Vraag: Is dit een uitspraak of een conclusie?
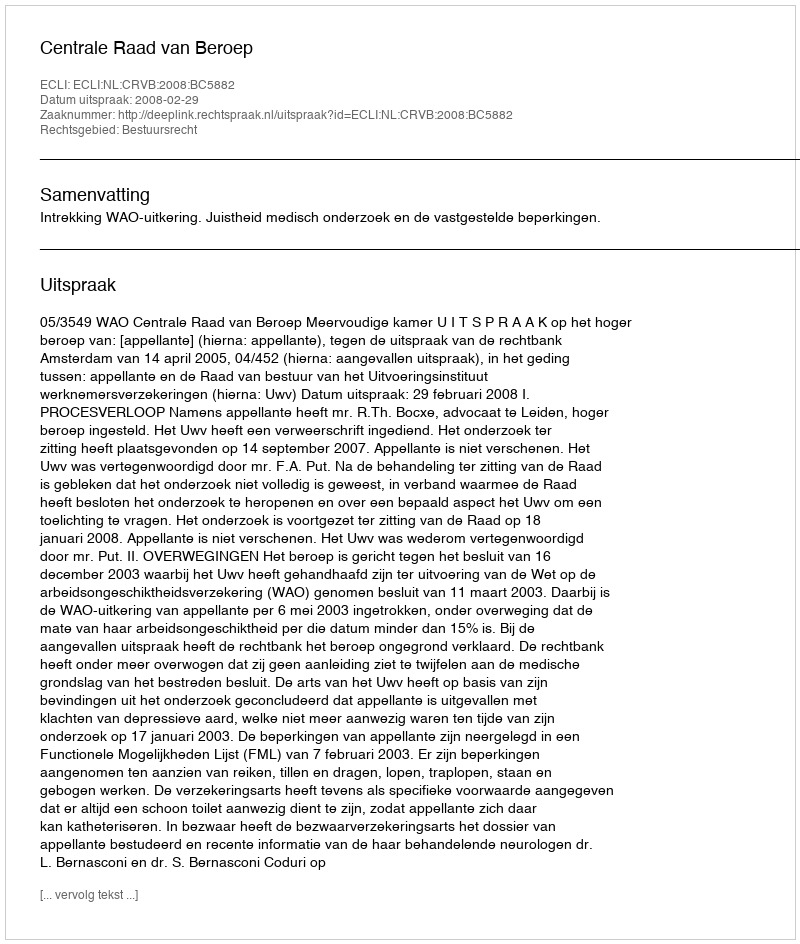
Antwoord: Uitspraak